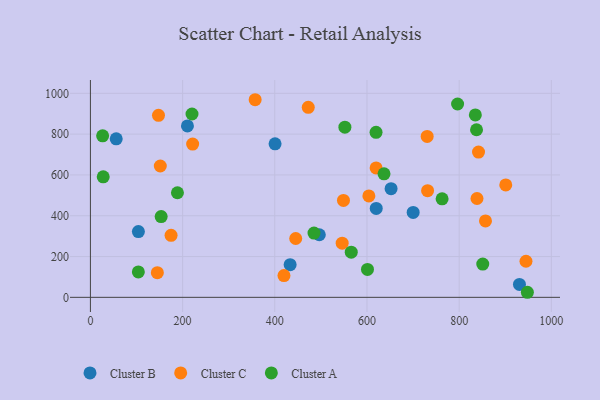
{"axis": {"x": "Experience", "y": "Rating"}, "legend": ["Cluster A", "Cluster B", "Cluster C"], "data": [{"x": "104.1", "y": 322.5, "type": "Cluster B"}, {"x": "56.0", "y": 777.2, "type": "Cluster B"}, {"x": "620.1", "y": 435.9, "type": "Cluster B"}, {"x": "433.3", "y": 159.9, "type": "Cluster B"}, {"x": "400.6", "y": 752.5, "type": "Cluster B"}, {"x": "496.6", "y": 306.9, "type": "Cluster B"}, {"x": "930.8", "y": 63.1, "type": "Cluster B"}, {"x": "652.3", "y": 532.5, "type": "Cluster B"}, {"x": "210.5", "y": 840.4, "type": "Cluster B"}, {"x": "700.2", "y": 416.3, "type": "Cluster B"}, {"x": "842.0", "y": 712.3, "type": "Cluster C"}, {"x": "221.8", "y": 751.2, "type": "Cluster C"}, {"x": "838.7", "y": 484.4, "type": "Cluster C"}, {"x": "857.1", "y": 374.5, "type": "Cluster C"}, {"x": "175.0", "y": 304.0, "type": "Cluster C"}, {"x": "945.0", "y": 176.8, "type": "Cluster C"}, {"x": "419.9", "y": 106.5, "type": "Cluster C"}, {"x": "730.6", "y": 788.6, "type": "Cluster C"}, {"x": "901.1", "y": 550.9, "type": "Cluster C"}, {"x": "604.1", "y": 496.9, "type": "Cluster C"}, {"x": "731.5", "y": 523.0, "type": "Cluster C"}, {"x": "549.0", "y": 475.2, "type": "Cluster C"}, {"x": "472.6", "y": 931.4, "type": "Cluster C"}, {"x": "619.8", "y": 634.5, "type": "Cluster C"}, {"x": "145.2", "y": 121.1, "type": "Cluster C"}, {"x": "546.2", "y": 265.6, "type": "Cluster C"}, {"x": "445.4", "y": 288.4, "type": "Cluster C"}, {"x": "357.4", "y": 968.7, "type": "Cluster C"}, {"x": "147.7", "y": 892.2, "type": "Cluster C"}, {"x": "151.6", "y": 643.9, "type": "Cluster C"}, {"x": "637.0", "y": 605.5, "type": "Cluster A"}, {"x": "565.9", "y": 221.2, "type": "Cluster A"}, {"x": "104.0", "y": 124.5, "type": "Cluster A"}, {"x": "27.8", "y": 590.6, "type": "Cluster A"}, {"x": "763.0", "y": 482.9, "type": "Cluster A"}, {"x": "835.1", "y": 894.4, "type": "Cluster A"}, {"x": "619.7", "y": 808.8, "type": "Cluster A"}, {"x": "601.1", "y": 136.6, "type": "Cluster A"}, {"x": "153.5", "y": 395.8, "type": "Cluster A"}, {"x": "485.1", "y": 315.0, "type": "Cluster A"}, {"x": "188.8", "y": 512.7, "type": "Cluster A"}, {"x": "26.5", "y": 791.9, "type": "Cluster A"}, {"x": "796.6", "y": 947.8, "type": "Cluster A"}, {"x": "948.0", "y": 24.8, "type": "Cluster A"}, {"x": "220.4", "y": 898.8, "type": "Cluster A"}, {"x": "552.1", "y": 834.1, "type": "Cluster A"}, {"x": "837.7", "y": 821.4, "type": "Cluster A"}, {"x": "851.2", "y": 163.2, "type": "Cluster A"}]}